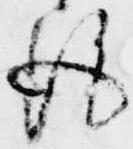
後